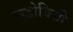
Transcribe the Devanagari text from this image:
लुडोविसी